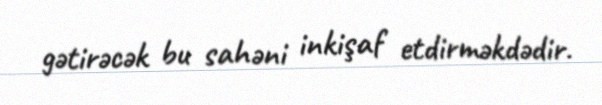
gətirəcək bu sahəni inkişaf etdirməkdədir.